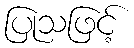
ပြုသဖြင့်